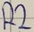
Text: R2